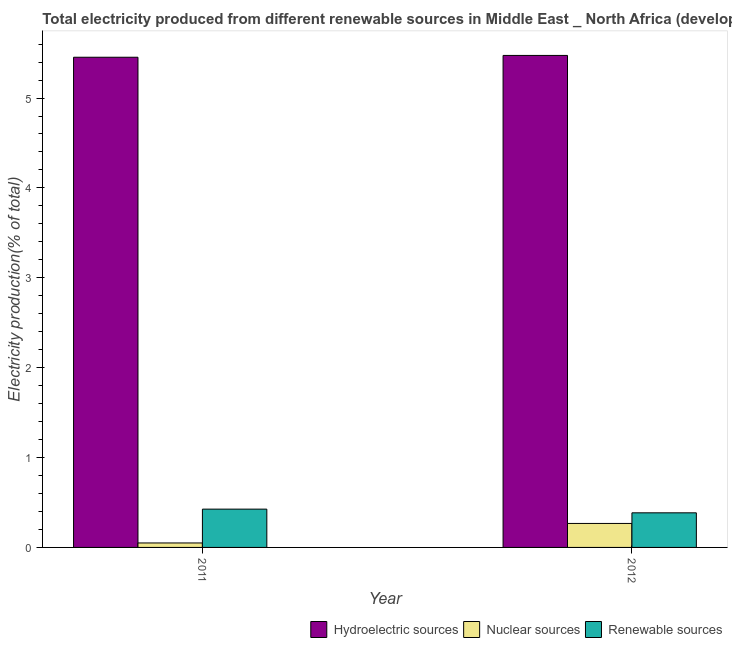
| Year | Hydroelectric sources | Nuclear sources | Renewable sources |
 | --- | --- | --- | --- |
 | 2011 | 5.45 | 0.0498 | 0.426 |
 | 2012 | 5.47 | 0.267 | 0.385 |